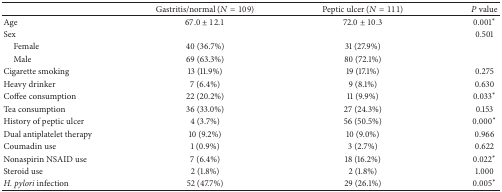
<table><thead><tr><td>[EMPTY_CELL]</td><td><b>Gastritis/normal (<i>N</i> = 109)</b></td><td><b>Peptic ulcer (<i>N</i> = 111)</b></td><td><b><i>P</i> value</b></td></tr></thead><tbody><tr><td>Age</td><td>67.0 ± 12.1</td><td>72.0 ± 10.3</td><td>0.001*</td></tr><tr><td>Sex</td><td>[EMPTY_CELL]</td><td>[EMPTY_CELL]</td><td>0.501</td></tr><tr><td> Female</td><td>40 (36.7%)</td><td>31 (27.9%)</td></tr><tr><td> Male</td><td>69 (63.3%)</td><td>80 (72.1%)</td></tr><tr><td>Cigarette smoking</td><td>13 (11.9%)</td><td>19 (17.1%)</td><td>0.275</td></tr><tr><td>Heavy drinker</td><td>7 (6.4%)</td><td>9 (8.1%)</td><td>0.630</td></tr><tr><td>Coffee consumption</td><td>22 (20.2%)</td><td>11 (9.9%)</td><td>0.033*</td></tr><tr><td>Tea consumption</td><td>36 (33.0%)</td><td>27 (24.3%)</td><td>0.153</td></tr><tr><td>History of peptic ulcer</td><td>4 (3.7%)</td><td>56 (50.5%)</td><td>0.000*</td></tr><tr><td>Dual antiplatelet therapy</td><td>10 (9.2%)</td><td>10 (9.0%)</td><td>0.966</td></tr><tr><td>Coumadin use</td><td>1 (0.9%)</td><td>3 (2.7%)</td><td>0.622</td></tr><tr><td>Nonaspirin NSAID use</td><td>7 (6.4%)</td><td>18 (16.2%)</td><td>0.022*</td></tr><tr><td>Steroid use</td><td>2 (1.8%)</td><td>2 (1.8%)</td><td>1.000</td></tr><tr><td><i>H. pylori</i> infection</td><td>52 (47.7%)</td><td>29 (26.1%)</td><td>0.005*</td></tr></tbody></table>